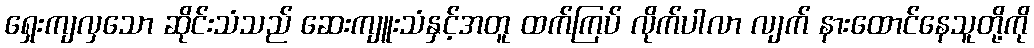
ရှေးကျလှသော ဆိုင်းသံသည် ဆေးကျူးသံနှင့်အတူ ထက်ကြပ် လိုက်ပါလာ လျက် နားထောင်နေသူတို့ကို